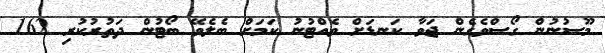
މޫސުނުން ގޯސްވެގެން ޖަވާ ކަނޑަށް ވެއްޓުނު ކަމަށް ބެލެވޭ ބޯޓުން ދަތުރުކުރި 162